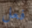
فعل